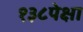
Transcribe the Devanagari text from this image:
१३८पेक्षा